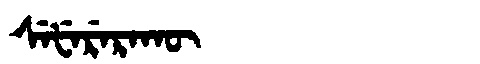
Manchu: ᠰᡝᡶᡝᡵᡝᡵᠠᡴᡡ
Romanization: SEFERERAKŪ